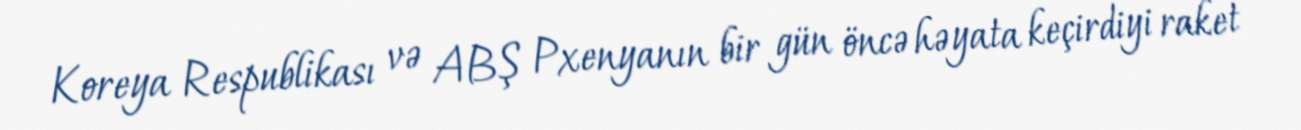
Koreya Respublikası və ABŞ Pxenyanın bir gün öncə həyata keçirdiyi raket